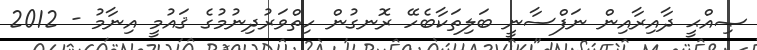
ޞިއްޙީ ދާއިރާއިން ނަފްސާނީ ބަލިތަކާބެހޭ ރޮނގުން ހިތްވަރުދިނުމުގެ ޤައުމީ އިނާމު - 2012